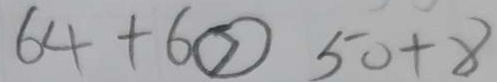
6 4 + 6 \textcircled { > } 5 0 + 8